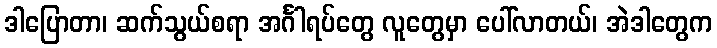
ဒါပြောတာ၊ ဆက်သွယ်စရာ အင်္ဂါရပ်တွေ လူတွေမှာ ပေါ်လာတယ်၊ အဲဒါတွေက